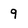
Character: 9